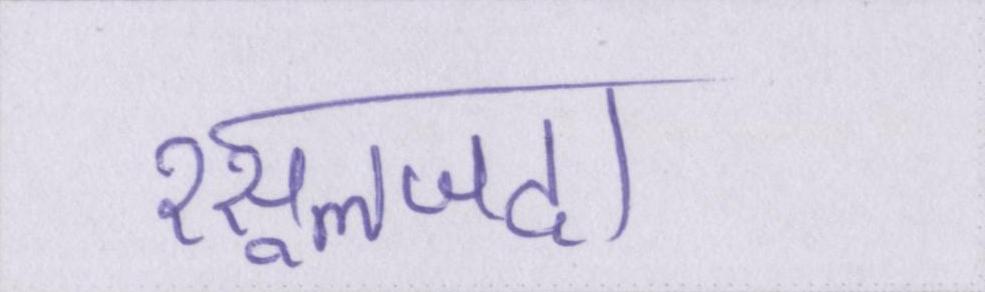
रसूलजदा